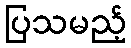
ပြသမည့်